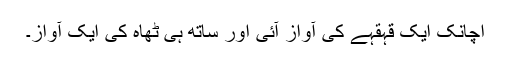
اچانک ایک قہقہے کی آواز آئی اور ساتھ ہی ٹھاہ کی ایک آواز۔